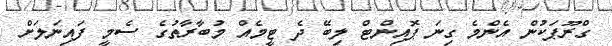
ގްރޫޕަކުން އެންމެ ގިނަ ޕޮއިންޓް ލިބޭ ދެ ޓީމެއް މުބާރާތުގެ ސެމީ ފައިނަލަށް